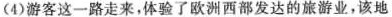
(4)游客这一路走来，体验了欧洲西部发达的旅游业，该地